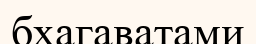
бхагаватами